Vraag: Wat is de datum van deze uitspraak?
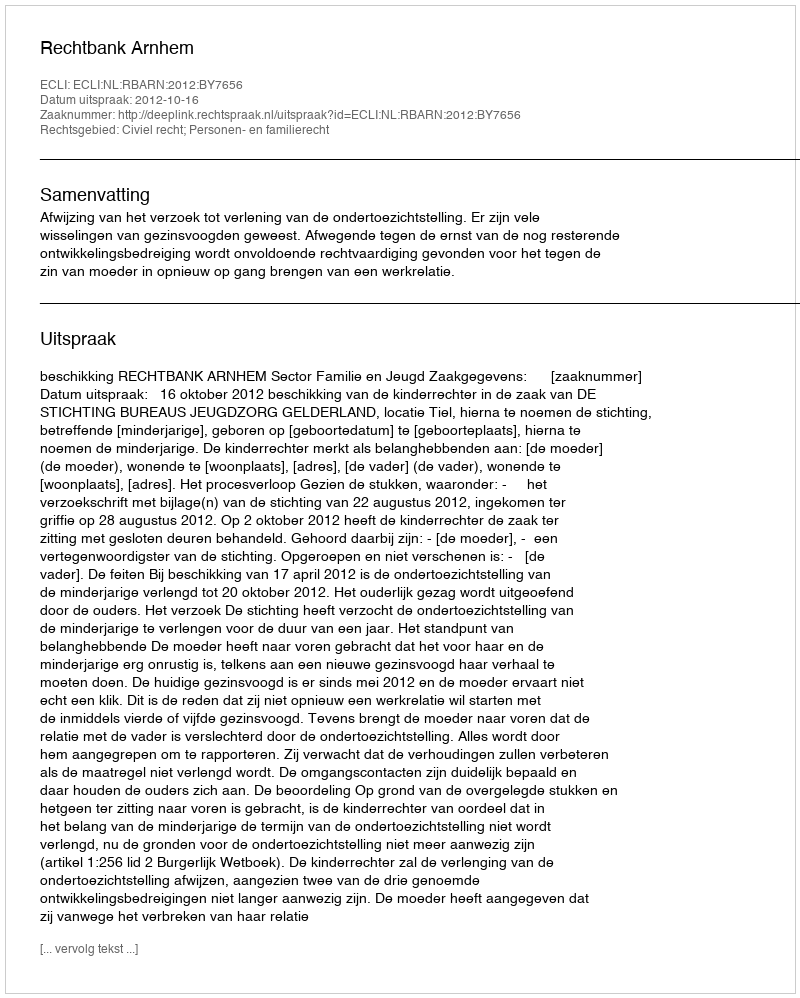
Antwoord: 2012-10-16